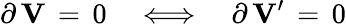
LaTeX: \partial\, {\mathbf V}\, =\, 0\quad\Longleftrightarrow\quad\partial\, {\mathbf V}^{\prime}\, =\, 0